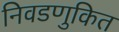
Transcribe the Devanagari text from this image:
निवडणुकित